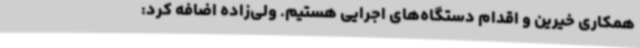
همکاری خیرین و اقدام دستگاه‌های اجرایی هستیم. ولی‌زاده اضافه کرد: